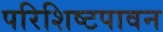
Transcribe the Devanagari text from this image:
परिशिष्टपावन